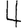
Digit: 4